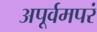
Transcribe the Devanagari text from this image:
अपूर्वमपरं